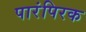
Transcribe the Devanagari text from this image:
पारंपिरक